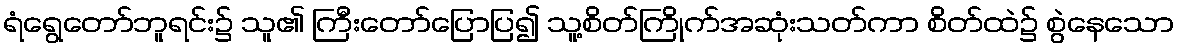
ရံရွေတော်ဘူရင်း၌ သူ၏ ကြီးတော်ပြောပြ၍ သူ့စိတ်ကြိုက်အဆုံးသတ်ကာ စိတ်ထဲ၌ စွဲနေသော